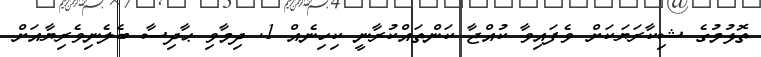
ތޮޅުމުގެ ޝިކާރަޔަކަށް ވެފައިވާ ކުއްޖާ ކަންތައްކުރާނީ ކިހިނެއް 1. ދިމާވި ޙާދިސާ ބެލެނިވެރިޔާއަށް